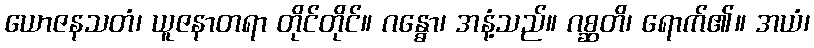
ယောဇနသတံ၊ ယူဇနာတရာ တိုင်တိုင်။ ဂန္ဓော၊ အနံ့သည်။ ဂစ္ဆတိ၊ ရောက်၏။ အယံ၊